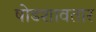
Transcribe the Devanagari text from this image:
षोडशावतार